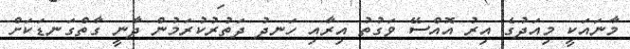
މާނައަކީ މިއަދުގެ އިރު އޮއްސޭ ވަގުތު އިރާއި ހަނދު ދަތުރުކުރަމުން ދާނީ ގާތްގަނޑަކަށް